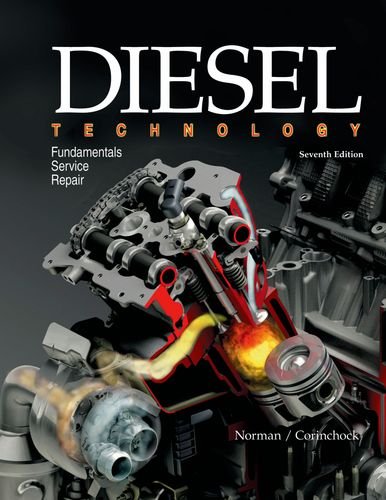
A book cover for Diesel Technology: Fundamentals, Service, Repair; Andrew Norman; Engineering & Transportation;